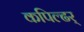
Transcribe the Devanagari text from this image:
कपिल्ढर्